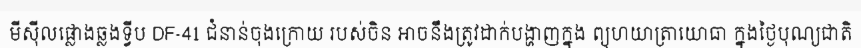
មីស៊ីលផ្លោងឆ្លងទ្វីប DF-41 ជំនាន់ចុងក្រោយ របស់ចិន អាចនឹងត្រូវដាក់បង្ហាញក្នុង ព្យុហយាត្រាយោធា ក្នុងថ្ងៃបុណ្យជាតិ